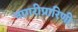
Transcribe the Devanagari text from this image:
नागरीप्रारिणी